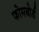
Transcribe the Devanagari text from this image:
फोमबोर्ड